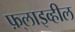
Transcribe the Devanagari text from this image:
फ़्लाइव्हील